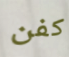
كفن